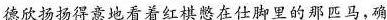
德欣扬扬得意地看着红棋憋在仕脚里的那匹马，确